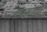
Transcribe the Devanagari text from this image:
बीएआरबी